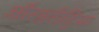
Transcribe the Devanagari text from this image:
औरइरीट्रिया